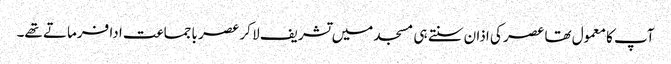
آپ کا معمول تھا عصر کی اذان سنتے ہی مسجد میں تشریف لا کر عصر باجماعت ادا فرماتے تھے۔